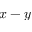
x - y